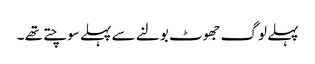
پہلے لوگ جھوٹ بولنے سے پہلے سوچتے تھے ۔